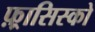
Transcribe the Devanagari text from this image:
फ़्रासिस्को